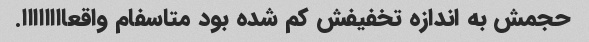
حجمش به اندازه تخفیفش کم شده بود متاسفام واقعاااااااا.